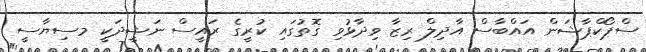
ސްޕޯކްޕާޝަން އައްބާސް އާދިލް ރިޒާ ވިދާޅުވި ގޮތުގައި ކުރީގެ ރައީސް ނަޝީދަކީ މސިޔާސީ